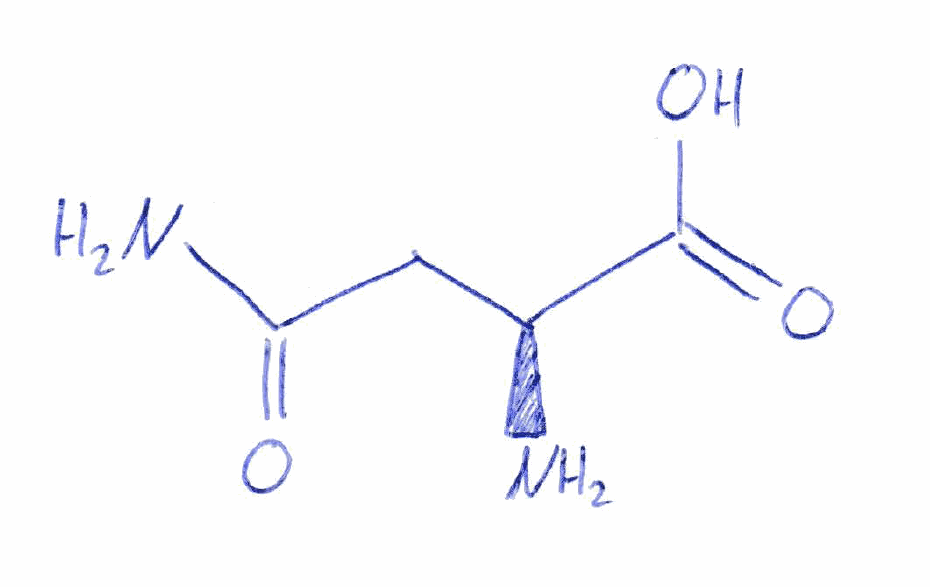
Simplified molecular-input line-entry system (SMILES) notation of the given molecule:
C([C@@H](C(=O)O)N)C(=O)N